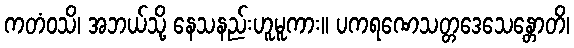
ကတံဝသိ၊ အဘယ်သို့ နေသနည်းဟူမူကား။ ပကရဏေသတ္တဒေသေန္တောတိ၊